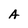
Character: A